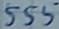
Text: 555